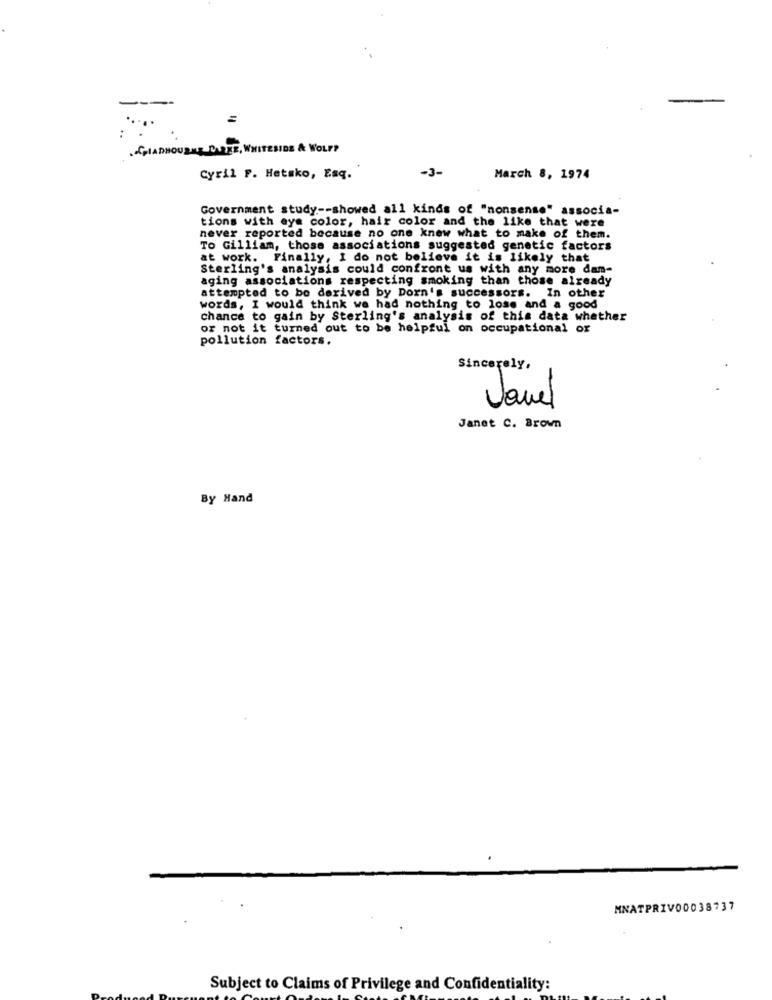
=
. CHLADHOUDER CARTE, WHITEBIDS & WOLF?
-3-
Cyril P. Hetako, Esq.
March 8, 1974
Government study -- showed all kinds of "nonsense" associa-
tions with eye color, hair color and the like that were
never reported because no one knew what to make of them.
To Gilliam, those associations suggested genetic factors
at work. Finally, I do not believe it is likely that
Sterling's analysis could confront us with any more dam-
aging associations respecting smoking than those already
attempted to be derived by Dorn's successors. In other
words, I would think we had nothing to lose and a good
chance to gain by Sterling's analysis of this data whether
or not it turned out to be helpful on occupational or
pollution factors.
Sincerely,
Javel
Janet C. Brown
By Hand
MNATPRIVO0038737
Subject to Claims of Privilege and Confidentiality: